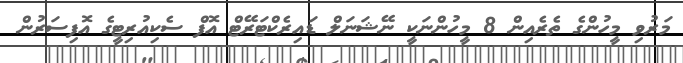
މަރުވި މީހުންގެ ތެރެއިން 8 މީހުންނަކީ ނޭޝަނަލް ޑައިރެކްޓަރޭޓް އޮފް ސެކިއުރިޓީގެ އޮފިސަރުން